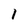
Character: 1